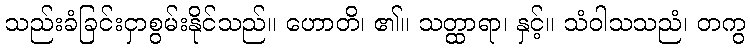
သည်းခံခြင်းငှာစွမ်းနိုင်သည်။ ဟောတိ၊ ၏။ သတ္ထာရာ၊ နှင့်။ သံဝါသသညံ၊ တကွ